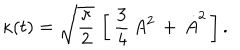
\kappa ( t ) = \sqrt { { \frac { \pi } { 2 } } } \, \left[ \, { \frac { 3 } { 4 } } \, A ^ { 2 } \, + \, \dot { A } ^ { 2 } \, \right] .